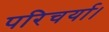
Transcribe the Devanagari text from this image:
परिचर्या।